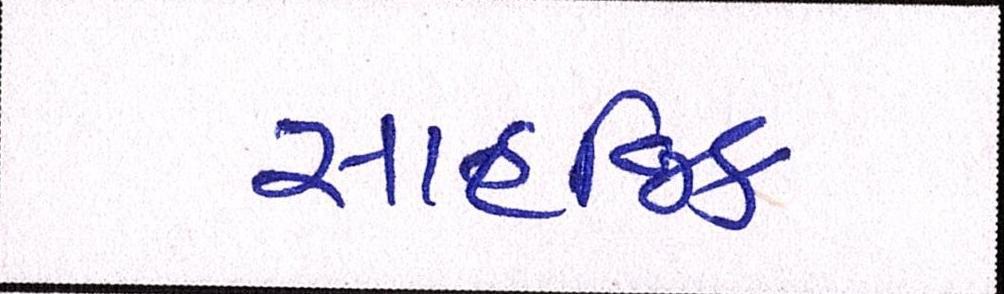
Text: સાહજિક